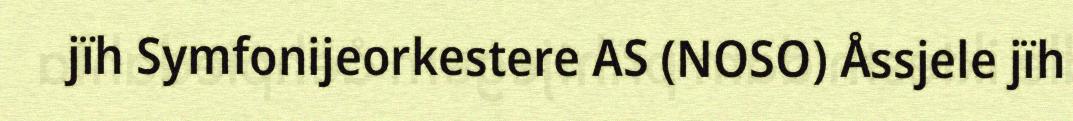
jïh Symfonijeorkestere AS (NOSO) Åssjele jïh